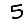
Digit: 5